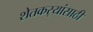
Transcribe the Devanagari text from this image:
शेतकर्‍यांसाठी